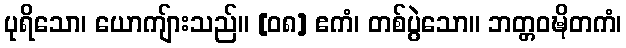
ပုရိသော၊ ယောကျ်ားသည်။ [၀၈] ဧကံ၊ တစ်ပွဲသော။ ဘတ္တဝဍ္ဎိတကံ၊